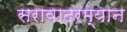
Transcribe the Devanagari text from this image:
सरावादरम्यान